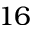
1 6